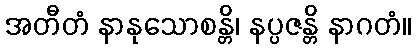
အတီတံ နာနုသောစန္တိ၊ နပ္ပဇန္တိ နာဂတံ။